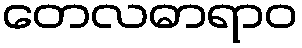
တေလဓာရာဝ